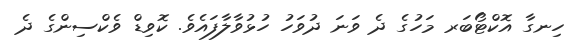
ހިނގާ އޮކްޓޯބަރ މަހުގެ ދެ ވަނަ ދުވަހު ހުޅުވާލާފައެވެ. ކޮވިޑް ވެކްސިންގެ ދެ